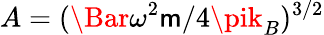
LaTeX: A=(\Bar{\omega}^{2}\mathsf{m}/4\pik_{B})^{3/2}